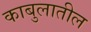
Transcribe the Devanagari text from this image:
काबुलातील